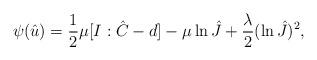
LaTeX: \begin{align*}\psi(\hat{u})=\frac{1}{2}\mu[I:\hat{C}-d]-\mu\ln\hat{J}+\frac{\lambda}{2}(\ln\hat{J})^2,\end{align*}